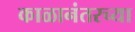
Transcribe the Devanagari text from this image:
काळानंतरच्या